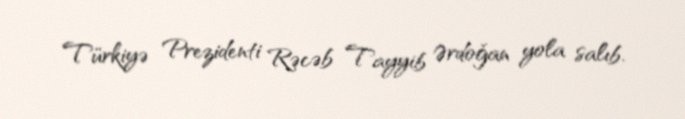
Türkiyə Prezidenti Rəcəb Tayyib Ərdoğan yola salıb.